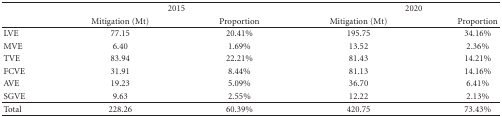
<table><thead><tr><td><b> </b></td><td colspan="2"><b>2015</b></td><td colspan="2"><b>2020</b></td></tr><tr><td><b> </b></td><td><b>Mitigation (Mt)</b></td><td><b>Proportion</b></td><td><b>Mitigation (Mt)</b></td><td><b>Proportion</b></td></tr></thead><tbody><tr><td>LVE</td><td>77.15</td><td>20.41%</td><td>195.75</td><td>34.16%</td></tr><tr><td>MVE</td><td>6.40</td><td>1.69%</td><td>13.52</td><td>2.36%</td></tr><tr><td>TVE</td><td>83.94</td><td>22.21%</td><td>81.43</td><td>14.21%</td></tr><tr><td>FCVE</td><td>31.91</td><td>8.44%</td><td>81.13</td><td>14.16%</td></tr><tr><td>AVE</td><td>19.23</td><td>5.09%</td><td>36.70</td><td>6.41%</td></tr><tr><td>SGVE</td><td>9.63</td><td>2.55%</td><td>12.22</td><td>2.13%</td></tr><tr><td>Total</td><td>228.26</td><td>60.39%</td><td>420.75</td><td>73.43%</td></tr></tbody></table>